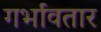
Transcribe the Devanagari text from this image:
गर्भावतार